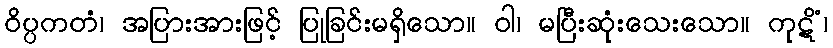
ဝိပ္ပကတံ၊ အပြားအားဖြင့် ပြုခြင်းမရှိသော။ ဝါ၊ မပြီးဆုံးသေးသော။ ကုဋိံ၊